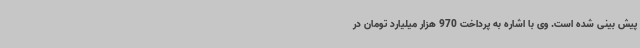
پیش بینی شده است. وی با اشاره به پرداخت 970 هزار میلیارد تومان در